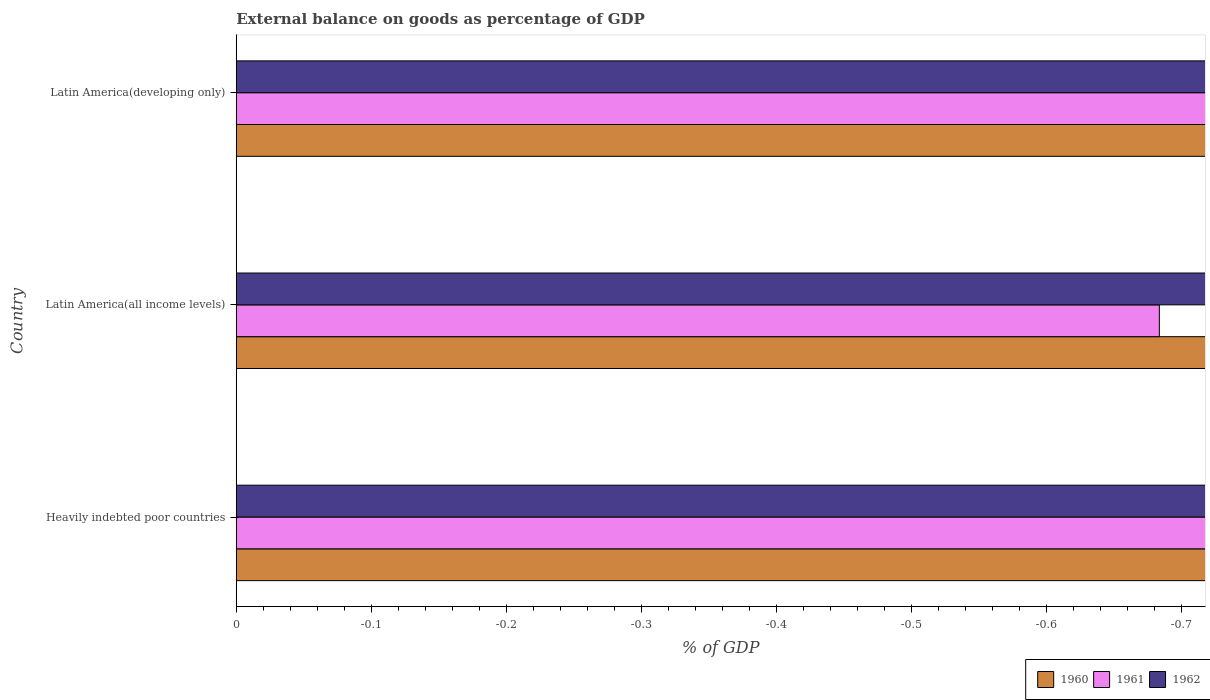
| Country | 1960 | 1961 | 1962 |
 | --- | --- | --- | --- |
 | Heavily indebted poor countries | -1.74 | -2.63 | -2.06 |
 | Latin America(all income levels) | -1.14 | -0.683 | -1.2 |
 | Latin America(developing only) | -1.45 | -1.17 | -1.42 |